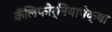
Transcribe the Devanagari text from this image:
कॅलिफोर्नियापेक्षा